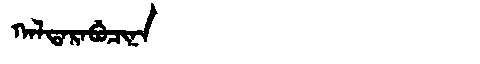
Manchu: ᡴᠠᠯᡨᠠᡵᠠᠪᡠᠴᡳᠨᠠ
Romanization: KALTARABUCINA